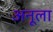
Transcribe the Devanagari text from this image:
अनूला